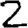
Digit: 2